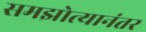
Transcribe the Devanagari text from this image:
समझोत्यानंतर